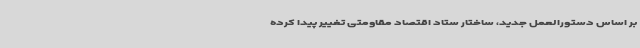
بر اساس دستورالعمل جدید، ساختار ستاد اقتصاد مقاومتی تغییر پیدا کرده